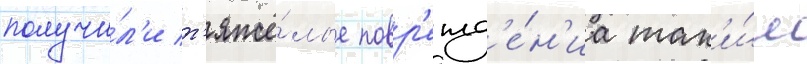
получи́л'и т'яжё́лые повр'ежд'е́н'иа так'и́м